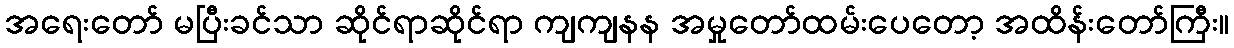
အရေးတော် မပြီးခင်သာ ဆိုင်ရာဆိုင်ရာ ကျကျနန အမှုတော်ထမ်းပေတော့ အထိန်းတော်ကြီး။